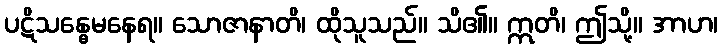
ပဋိသန္ဓေမနေရ။ သောဇာနာတိ၊ ထိုသူသည်။ သိ၏။ ဣတိ၊ ဤသို့။ အာဟ၊